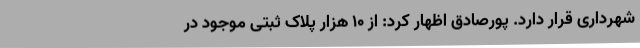
شهرداری قرار دارد. پورصادق اظهار کرد: از 10 هزار پلاک ثبتی موجود در